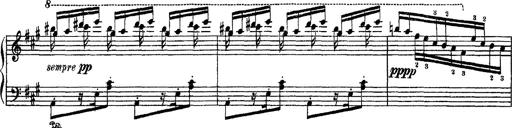
Title: Apparitions
Composer: Franz Liszt